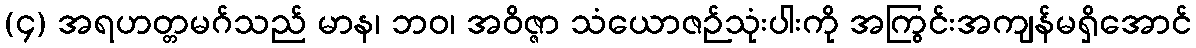
(၄) အရဟတ္တမဂ်သည် မာန၊ ဘဝ၊ အဝိဇ္ဇာ သံယောဇဉ်သုံးပါးကို အကြွင်းအကျန်မရှိအောင်